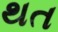
થત